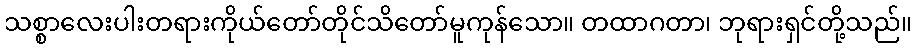
သစ္စာလေးပါးတရားကိုယ်တော်တိုင်သိတော်မူကုန်သော။ တထာဂတာ၊ ဘုရားရှင်တို့သည်။